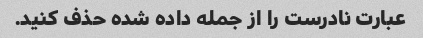
عبارت نادرست را از جمله داده شده حذف کنید.